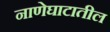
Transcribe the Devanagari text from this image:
नाणेघाटातील